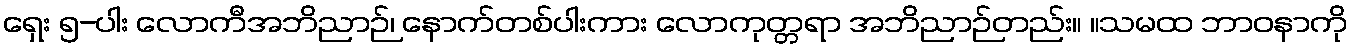
ရှေး ၅-ပါး လောကီအဘိညာဉ်၊ နောက်တစ်ပါးကား လောကုတ္တရာ အဘိညာဉ်တည်း။ ။သမထ ဘာဝနာကို